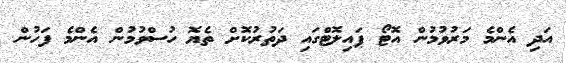
އަދި އެންމެ މަރުވުމުން އޮޓޯ ޕައިލޮޓްގައި ދަތުރުކޮށް ތެޔޮ ހުސްވުމުން އެންމެ ފަހުން